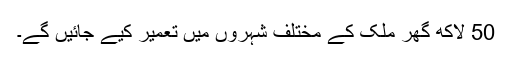
50 لاکھ گھر ملک کے مختلف شہروں میں تعمیر کیے جائیں گے۔